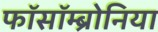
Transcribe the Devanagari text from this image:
फॉसॉम्ब्रोनिया